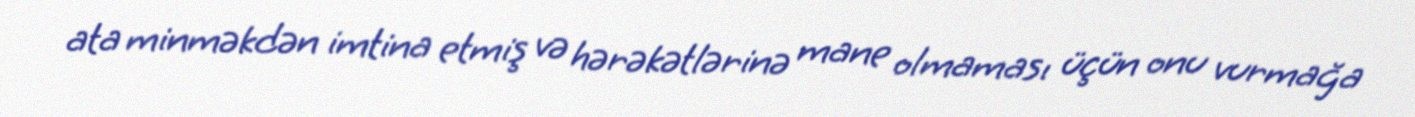
ata minməkdən imtina etmiş və hərəkətlərinə mane olmaması üçün onu vurmağa